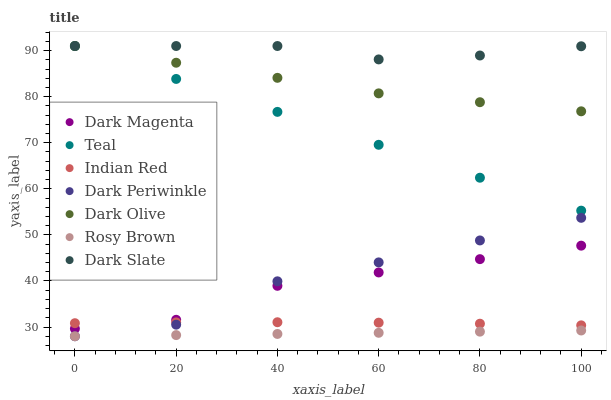
| xaxis_label | Dark Magenta | Teal | Indian Red | Dark Periwinkle | Dark Olive | Rosy Brown | Dark Slate |
 | --- | --- | --- | --- | --- | --- | --- | --- |
 | 0 | 29.6 | 91 | 30.8 | 28 | 91 | 28 | 91 |
 | 20 | 31.6 | 83.9 | 31 | 30.5 | 87.4 | 28.3 | 91 |
 | 40 | 38.9 | 76.7 | 31 | 39.9 | 84.1 | 28.5 | 91 |
 | 60 | 41.8 | 69.6 | 30.9 | 44 | 80.7 | 28.8 | 88.1 |
 | 80 | 44.7 | 62.4 | 30.7 | 48.8 | 78.8 | 29 | 88.9 |
 | 100 | 47.7 | 55.3 | 30.4 | 53.7 | 76.8 | 29.3 | 90.9 |